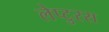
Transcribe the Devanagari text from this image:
लेप्टुरस